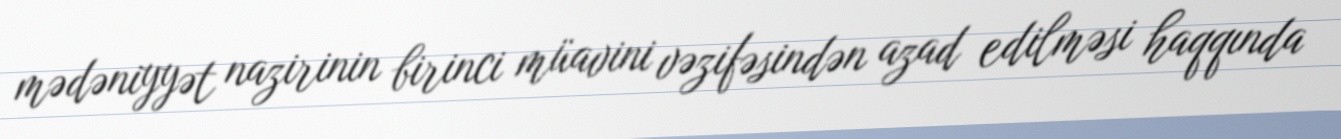
mədəniyyət nazirinin birinci müavini vəzifəsindən azad edilməsi haqqında